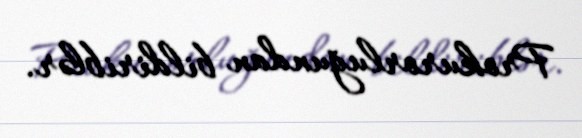
Prokurorluğundan bildiriblər.